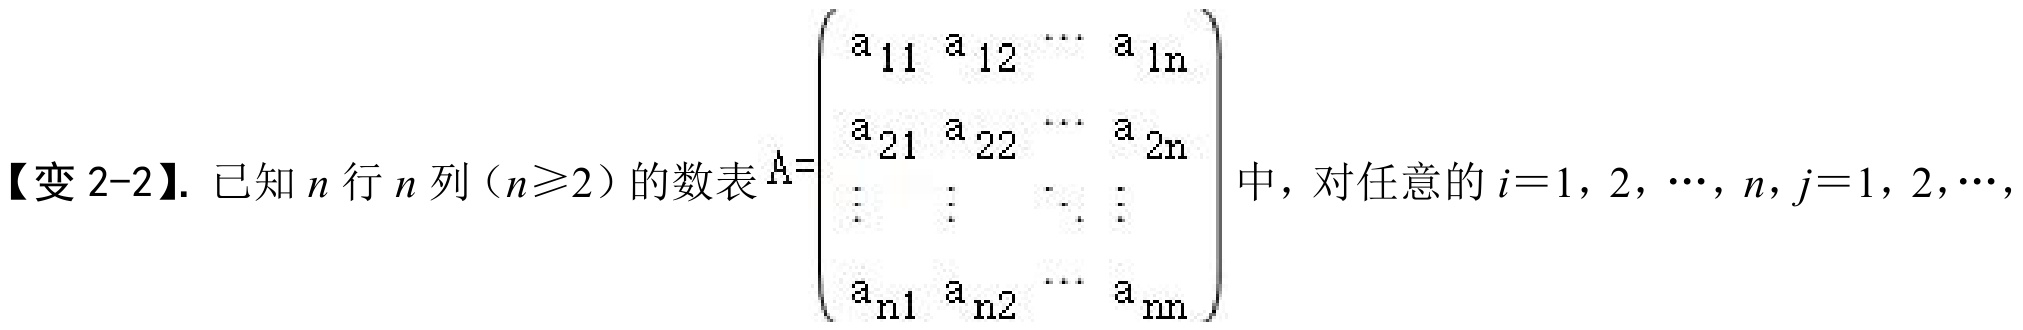
【变 2-2】. 已知\(n\)行\(n\)列（\(n\geqslant2\)）的数表\(A = \begin{pmatrix}
a_{11} & a_{12} & \cdots & a_{1n} \\
a_{21} & a_{22} & \cdots & a_{2n} \\
\vdots & \vdots & \ddots & \vdots \\
a_{n1} & a_{n2} & \cdots & a_{nn}
\end{pmatrix}\)中，对任意的\(i = 1,2,\cdots,n,j = 1,2,\cdots,\)